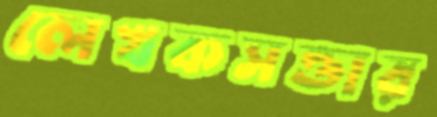
লেখকসত্তার